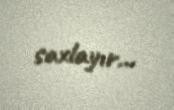
saxlayır...